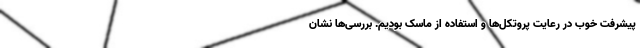
پیشرفت خوب در رعایت پروتکل‌ها و استفاده از ماسک بودیم. بررسی‌ها نشان